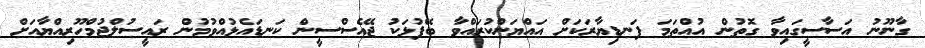
ގާނޫނު އަސާސީގައިވާ ގޮތުން އުއްތަމަ ފަނޑިޔާރަކަށް އައްޔަންކުރައްވާ ބޭފުޅަކު ޖޭއެސްސީން ކަނޑައެޅުއްވުމުން ރައީސުލްޖުމްހޫރިއްޔާއަށް